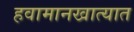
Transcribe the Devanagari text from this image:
हवामानखात्यात